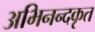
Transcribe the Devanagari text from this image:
अभिनन्दकृत